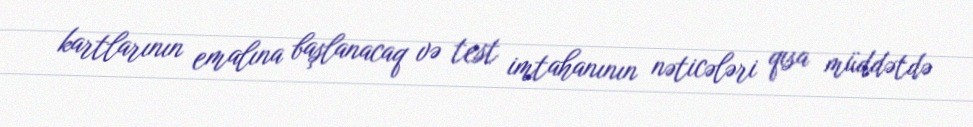
kartlarının emalına başlanacaq və test imtahanının nəticələri qısa müddətdə